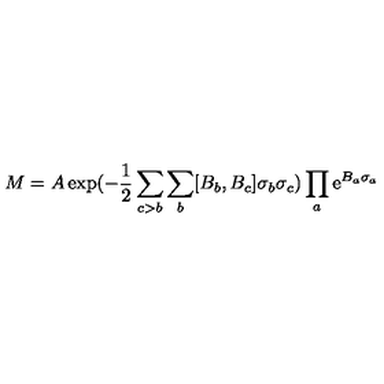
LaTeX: M = A \exp ( - \frac { 1 } { 2 } \sum _ { c > b } \sum _ { b } [ B _ { b } , B _ { c } ] \sigma _ { b } \sigma _ { c } ) \prod _ { a } \mathrm { e } ^ { B _ { a } \sigma _ { a } }